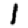
Digit: 1